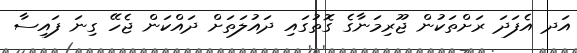
އަދ އެފަދަ ރަށްތަކުން ޖޫރިމަނާގެ ގޮތުގައި ދައުލަތަށް ދައްކަން ޖެހޭ ގިނަ ފައިސާ